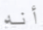
أنه